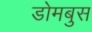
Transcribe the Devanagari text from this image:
डोमबुस